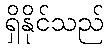
ရှိနိုင်သည်